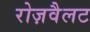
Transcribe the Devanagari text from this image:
रोज़वैलट